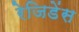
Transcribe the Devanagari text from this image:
रेजिडेंस